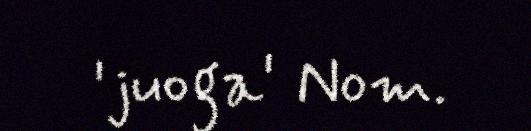
'juoga' Nom.